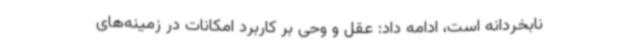
نابخردانه است، ادامه داد: عقل و وحی بر کاربرد امکانات در زمینه‌های